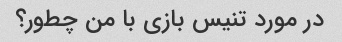
در مورد تنیس بازی با من چطور؟